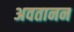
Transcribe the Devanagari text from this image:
अवतानन